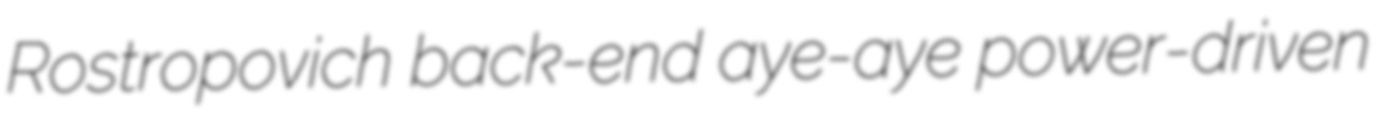
Rostropovich back-end aye-aye power-driven